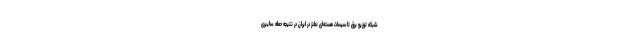
شبکه توزیع برق تاسیسات هسته‌ای نطنز در ایران در نتیجه حمله سایبری